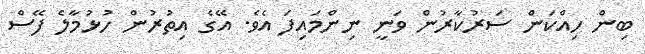
ބިން ހިއްކަން ސަރުކާރުން ވަނީ ނިންމައިފަ އެވެ. އޭގެ އިތުރުން ހުޅުމާލެ ފޭސް